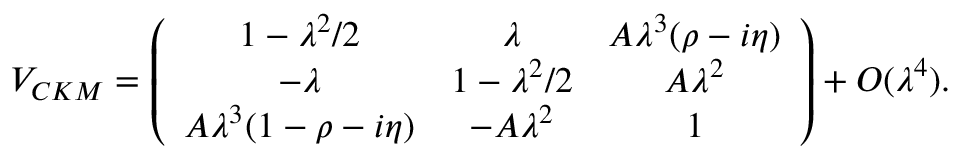
V _ { C K M } = \left( \begin{array} { c c c } { { 1 - \lambda ^ { 2 } / 2 } } & { { \lambda } } & { { A \lambda ^ { 3 } ( \rho - i \eta ) } } \\ { { - \lambda } } & { { 1 - \lambda ^ { 2 } / 2 } } & { { A \lambda ^ { 2 } } } \\ { { A \lambda ^ { 3 } ( 1 - \rho - i \eta ) } } & { { - A \lambda ^ { 2 } } } & { { 1 } } \end{array} \right) + { \cal { O } } ( \lambda ^ { 4 } ) .